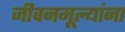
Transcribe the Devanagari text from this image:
जीवनमूल्यांना